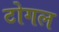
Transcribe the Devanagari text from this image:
टोगल